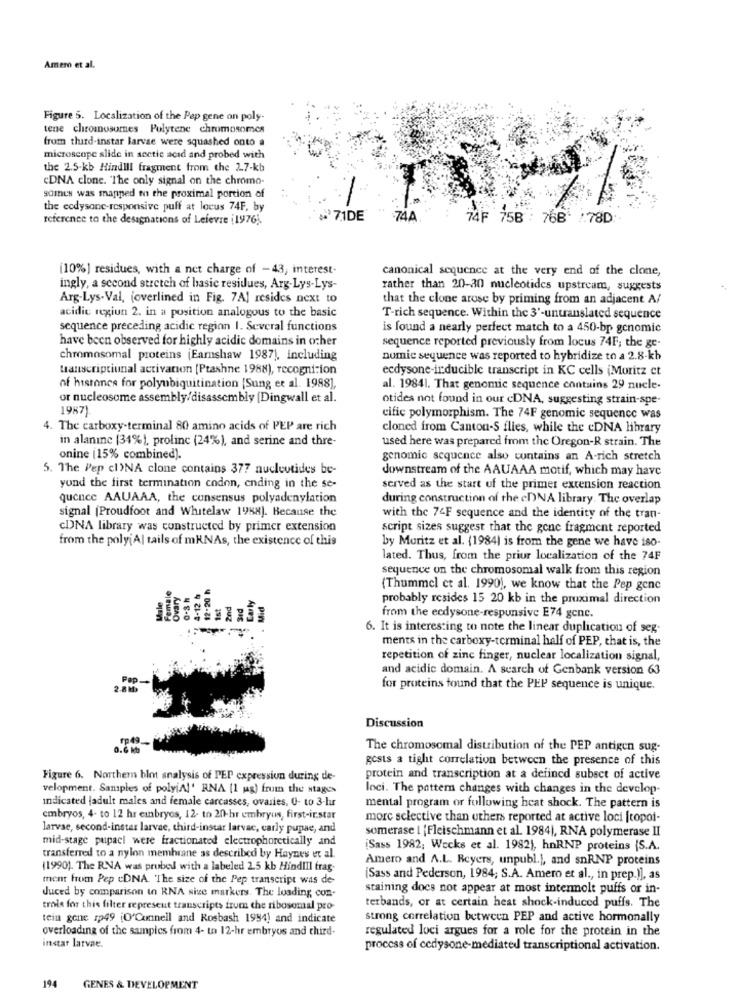
Amer et al.
Figure 5. Localization of the Pep gene on poly-
tene chromosomes Pulytene chromosomes
from third-instar larvae were squashed onto a
microscope slide in acetic acid and probed with
the 2.5-kb Hindlll fragment from the 2.7-kb
cDNA clone. "The only signal on the chromo-
somes was mapped m the proximal portion of
the ecdysonc-responsive puff at locus 74F, by
reference to the designations of Lefevre i1976).
71DE
74A
74F 75B : 768 /78D:
(10%] residues, with a net charge of - 43; interest-
canonical sequence at the very end of the clone,
ingly, a second stretch of basic residues, Arg-Lys-Lys-
rather than 20-30 nucleotides upstream, suggests
Arg-Lys-Val, (overlined in Fig. 7A) resides next to
that the clone arose by priming from an adjacent A/
acidic regiun 2. in a position analogous to the basic
T-rich sequence. Within the 3'-untranslated sequence
sequence preceding acidic region 1. Several functions
is found a nearly perfect match to a 450-bp genomic
have been observed for highly acidic domains in ocher
sequence reported previously from locus 74F; the ge-
chromosomal proteins (Earnshaw 1987), including
nomie sequence was reported to hybridize to a 2.8-kb
transcriptiunal activation [Ptashne 1988), recognition
ecdysone-inducible transcript in KC cells (Moritz ct
of histones for polyubiquitination [Sung et al. 1988],
al. 19841. That genomic sequence contains 29 nucle-
or nucleosome assembly/disassembly [Dingwall et al.
otides not found in our cDNA, suggesting strain-spe-
1987)
cific polymorphism. The 74F genomic sequence was
4. The carboxy-terminal 80 amino acids of PEP are rich
cloned from Canton-S flies, while the cDNA library
in alanine (34%), proline (24%), and serine and thre-
used here was prepared from the Oregon-R strain. The
onine (15% combined).
genomic sequence also contains an A-rich stretch
5. The Pep cl)NA clone contains 377 nucleotides be-
downstream of the AAUAAA motif, which may have
yond the first termination codon, ending in the se-
served as the start of the primer extension reaction
quence AAUAAA, the consensus polyadenylation
during construction of the cDNA library. The overlap
signal (Proudfoot and Whitelaw 1988]. Because the
with the 74F sequence and the identity of the tran-
CDNA library was constructed by primer extension
script sizes suggest that the gone fragment reported
from the poly[A] tails of mKNAs, the existence of this
by Moritz et al. (1984) is from the gene we have iso-
lated. Thus, from the prior localization of the 74F
sequence on the chromosomal walk from this region
(Thummel et al. 1990), we know that the Pep genc
emal
Ist
2nd
aly
probably resides 15 20 kb in the proximal direction
8.0
21-6
from the ecdysone-responsive E74 genc.
6. It is interesting to note the linear duplication of seg-
ments in the carboxy-terminal half of PEP, that is, the
repetition of zinc finger, nuclear localization signal,
and acidic domain. A search of Genbank version 63
Pap.
2.8 Mb
for proteins found that the PEP sequence is unique.
Discussion
0.6 kb
The chromosomal distribution of the PEP antigen sug-
gests a tight correlation between the presence of this
Figure 6. Northern blot analysis of PEP expression during de-
protein and transcription at a defined subset of active
velopment. Samples of polyiAl' RNA [1 ug) frum the stages
loci. The pattern changes with changes in the develop-
indicated |adult males and female carcasses, ovaries, O- to 3-hur
mental program or following heat shock. The pattern is
embryos, 4- to 12 hr embryos, 12. to 20-hr embryos, first-ir.star
morc selective than others reported at active loci [topoi-
larvae, second-instar larvae, third-instar larvac, carly pupae, and
somerase | |Fleischmann et al. 1984), RNA polymerase II
mid-stage pupacl were fractionated electrophoretically and
¡Sass 1982; Wecks et al. 1982), hnRNP proteins (S.A.
transferred to a nylon membrane as described by Haynes et al.
Amero and A.L. Reyers, unpubl.}, and snRNP proteins
(1990). The RNA was prubed with a labeled 2.5 kb HindiIl trag.
ment from Pep cDNA. The size of the Pep transcript was de
[Sass and Pederson, 1984; S.A. Amero et al ., in prep.)], as
Juced by comparison to RNA size markers. The loading, con-
staining does not appear at most intermolt puffs or in-
trois for this filter represent transcripts from the ribosomal pro-
terbands, or at certain heat shock-induced puffs. The
tein gene 1p49 [O'Connell and Rosbash 1994) and indicate
strong correlation between PEP and active hormonally
overloading of the samples from 4- to 12-hr embryos and third-
regulated loci argues for a role for the protein in the
instar larvae.
process of cedysone-mediated transcriptional activation.
194
GENES & DEVELOPMENT